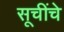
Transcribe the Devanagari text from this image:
सूचींचे